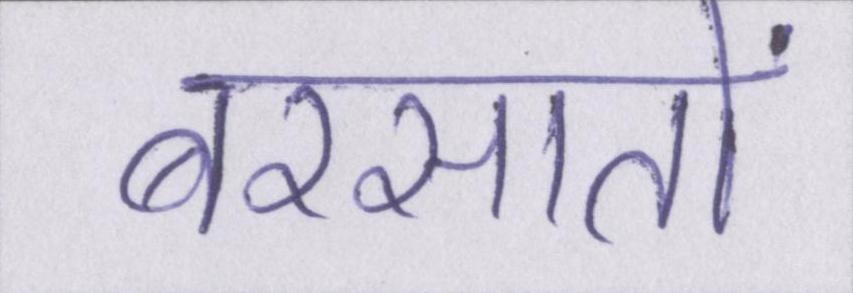
बरसातों